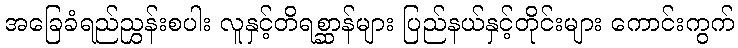
အခြေခံရည်ညွှန်းစပါး လူနှင့်တိရစ္ဆာန်များ ပြည်နယ်နှင့်တိုင်းများ ကောင်းကွက်